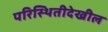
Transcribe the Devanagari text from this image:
परिस्थितीदेखील